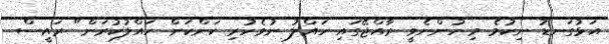
އަޅުގަނޑު ނިކުމެ މި ހުންނެވީ ރާއްޖޭގައި ހައްލު ނުވެހުރި ކަންކަން ހައްލުކުރަން" ރައީސް